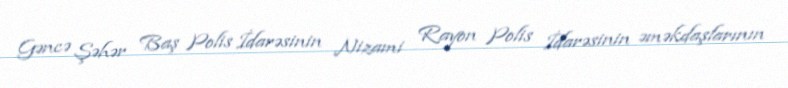
Gəncə Şəhər Baş Polis İdarəsinin Nizami Rayon Polis İdarəsinin əməkdaşlarının